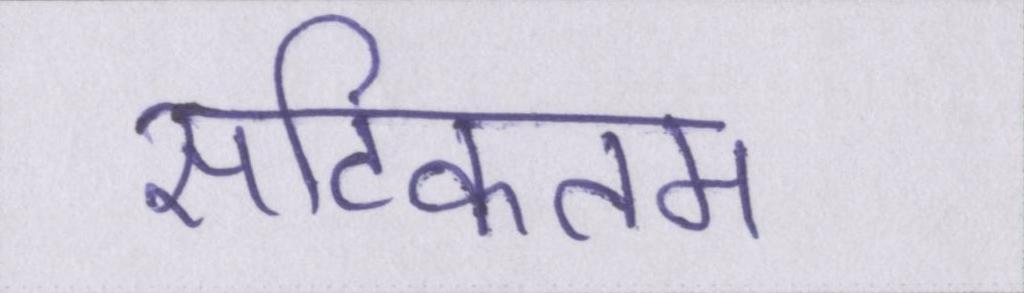
सटिकतम